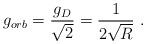
LaTeX: \begin{align*}g_{orb}=\frac{g_{D}}{\sqrt{2}}=\frac{1}{2\sqrt{R}}\ .\end{align*}